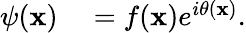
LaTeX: \begin{array}{rl}{\psi(\mathbf{x})}&{{}=f(\mathbf{x})e^{i\theta(\mathbf{x})}.}\end{array}